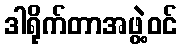
ဒါရိုက်တာအဖွဲ့ဝင်